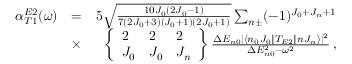
\begin{array} { r l r } { \alpha _ { T 1 } ^ { E 2 } ( \omega ) } & { = } & { 5 \sqrt { \frac { 1 0 J _ { 0 } ( 2 J _ { 0 } - 1 ) } { 7 ( 2 J _ { 0 } + 3 ) ( J _ { 0 } + 1 ) ( 2 J _ { 0 } + 1 ) } } \sum _ { n \pm } ( - 1 ) ^ { J _ { 0 } + J _ { n } + 1 } } \\ & { \times } & { \left\{ \begin{array} { l l l } { 2 } & { 2 } & { 2 } \\ { J _ { 0 } } & { J _ { 0 } } & { J _ { n } } \end{array} \right\} \frac { \Delta E _ { n 0 } | \langle n _ { 0 } J _ { 0 } \| T _ { E 2 } \| n J _ { n } \rangle | ^ { 2 } } { \Delta E _ { n 0 } ^ { 2 } - \omega ^ { 2 } } \, , } \end{array}